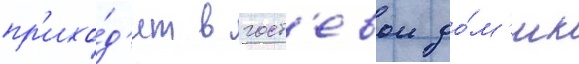
пр'ихо́д'ит в гост'евои до́м'ик